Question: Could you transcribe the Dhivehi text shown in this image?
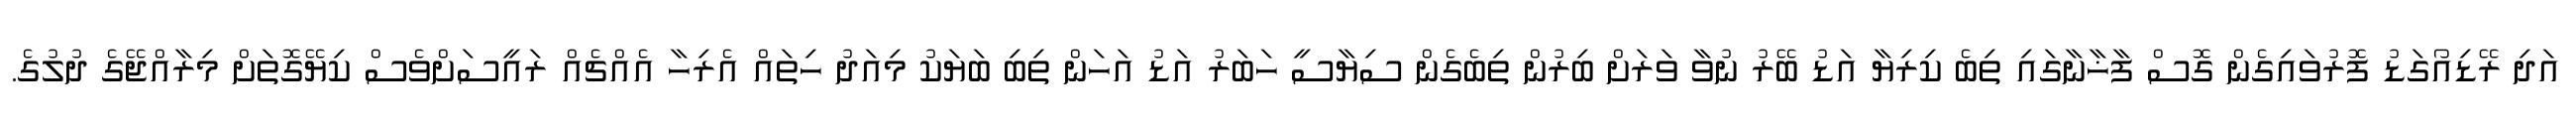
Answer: އަދި ރޭޑިއޯގަޑު ފޮރުވައިގެން ގޮސް ފާޚާނާގައި ތިބެ ކިރިޔާ އަޑު ބޭރު ނުވާ ވަރަށް ބިރުން ތިބެގެން ސިޔާސީ ހަބަރު އަޑު އަހަން ތިބި ބަޔަކު މިއަދު ހިތައް އެރިހާ އެއްޗެއް ރައީސަށްވެސް ކިޔޭގޮތަށް މިރާއްޖޭގެ ދުލުގެ.